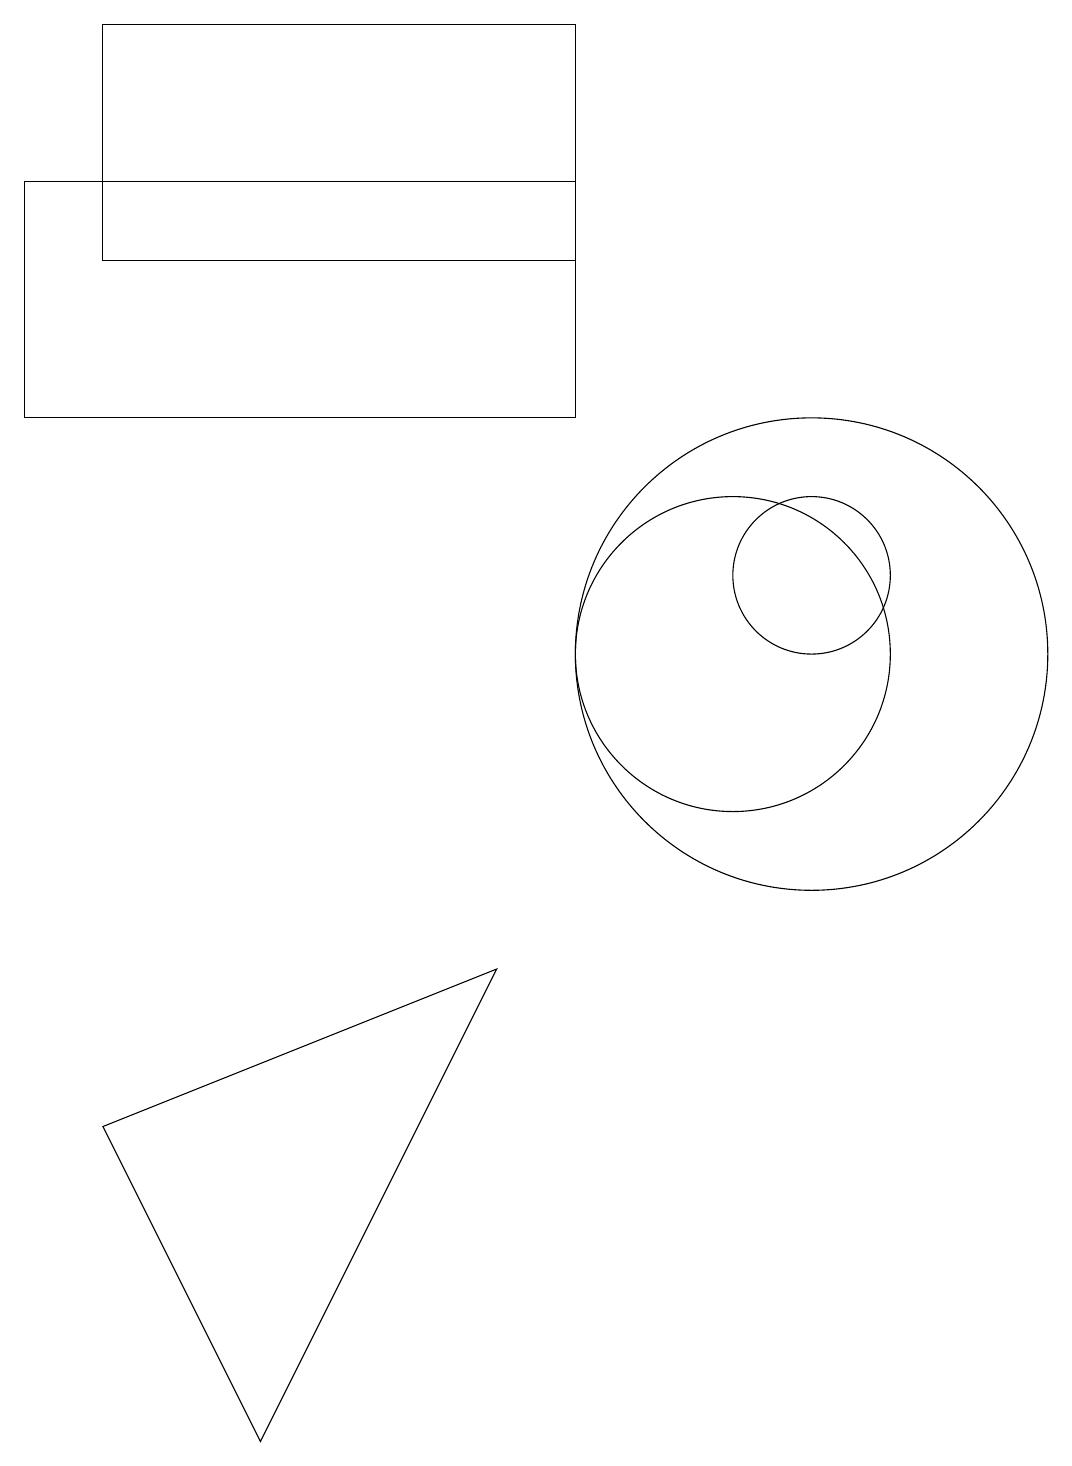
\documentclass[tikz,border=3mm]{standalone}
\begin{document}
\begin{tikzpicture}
\draw (8,15) rectangle (2,18);
\draw (10,10) circle (2);
\draw (11,11) circle (1);
\draw (7,6) -- (2,4) -- (4,0) -- cycle;
\draw (11,10) circle (3);
\draw (8,16) rectangle (1,13);
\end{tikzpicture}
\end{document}